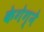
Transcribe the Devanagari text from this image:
केगेग्ने